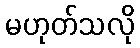
မဟုတ်သလို